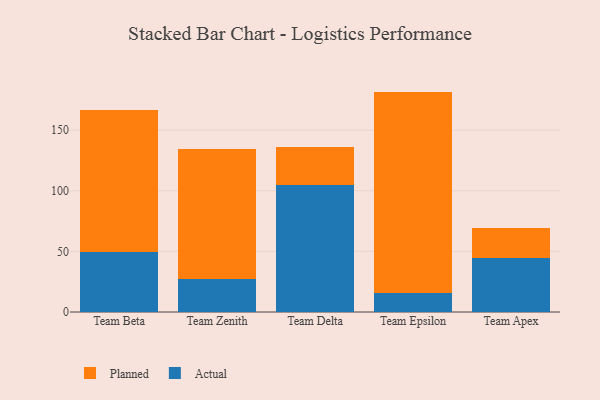
{"axis": {"x": "Team", "y": "Budget (USD K)"}, "legend": ["Actual", "Planned"], "data": [{"x": "Team Beta", "y": 49.4, "type": "Actual"}, {"x": "Team Beta", "y": 117.2, "type": "Planned"}, {"x": "Team Zenith", "y": 26.9, "type": "Actual"}, {"x": "Team Zenith", "y": 107.5, "type": "Planned"}, {"x": "Team Delta", "y": 104.8, "type": "Actual"}, {"x": "Team Delta", "y": 31.4, "type": "Planned"}, {"x": "Team Epsilon", "y": 15.9, "type": "Actual"}, {"x": "Team Epsilon", "y": 165.9, "type": "Planned"}, {"x": "Team Apex", "y": 44.9, "type": "Actual"}, {"x": "Team Apex", "y": 24.4, "type": "Planned"}]}